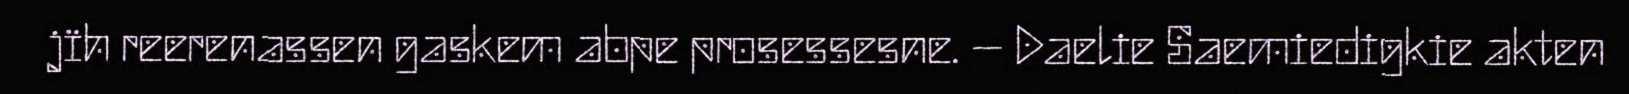
jïh reerenassen gaskem abpe prosessesne. – Daelie Saemiedigkie akten